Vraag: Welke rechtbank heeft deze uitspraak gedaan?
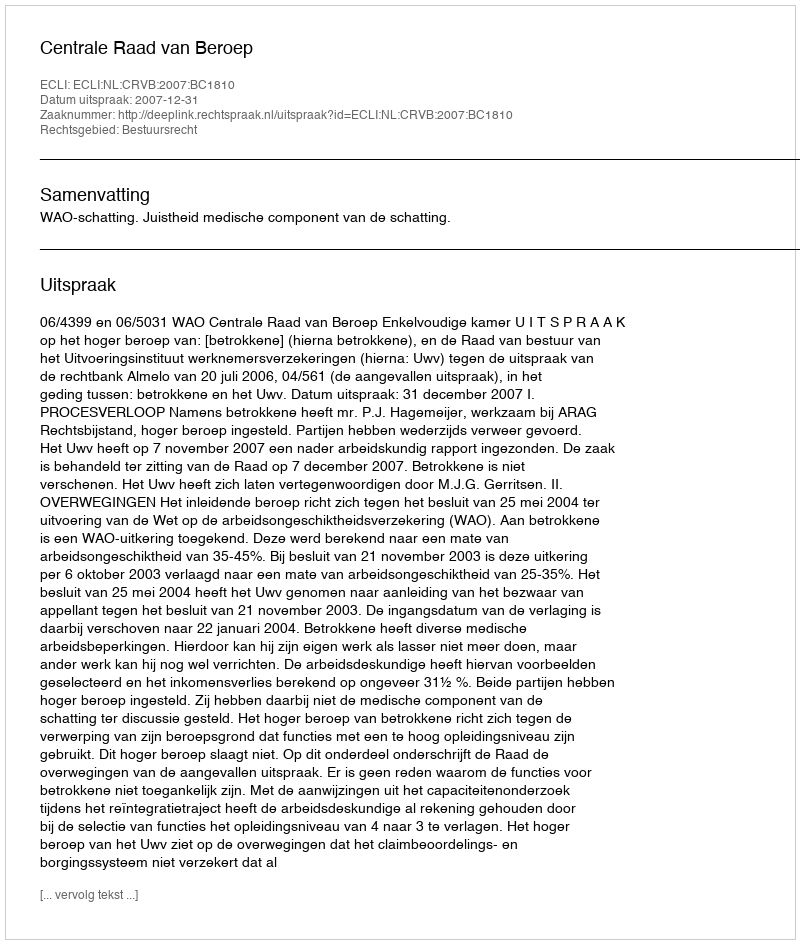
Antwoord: Centrale Raad van Beroep